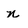
Character: n